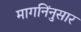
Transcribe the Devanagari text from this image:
मागनिंनुसार